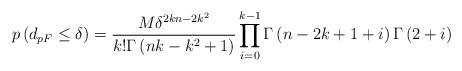
LaTeX: \begin{align*}p\left( {{d_{pF}} \leq \delta } \right) = \frac{{M{\delta ^{2kn - 2{k^2}}}}}{{k!\Gamma \left( {nk - {k^2} + 1} \right)}}\prod\limits_{i = 0}^{k - 1} {\Gamma \left( {n - 2k + 1 + i} \right)\Gamma \left( {2 + i} \right)} \end{align*}